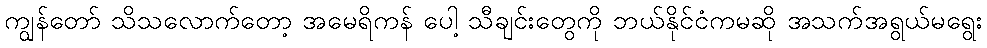
ကျွန်တော် သိသလောက်တော့ အမေရိကန် ပေါ့ သီချင်းတွေကို ဘယ်နိုင်ငံကမဆို အသက်အရွယ်မရွေး